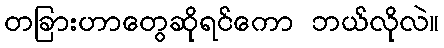
တခြားဟာတွေဆိုရင်ကော ဘယ်လိုလဲ။